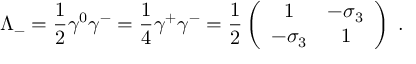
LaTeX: \Lambda _ { - } = { \frac { 1 } { 2 } } \gamma ^ { 0 } \gamma ^ { - } = { \frac { 1 } { 4 } } \gamma ^ { + } \gamma ^ { - } = { \frac { 1 } { 2 } } \left( \begin{array} { c c } { { 1 } } & { { - \sigma _ { 3 } } } \\ { { - \sigma _ { 3 } } } & { { 1 } } \end{array} \right) \; .